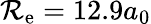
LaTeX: \mathcal{R}_{\mathrm{{e}}}=12.9a_{0}